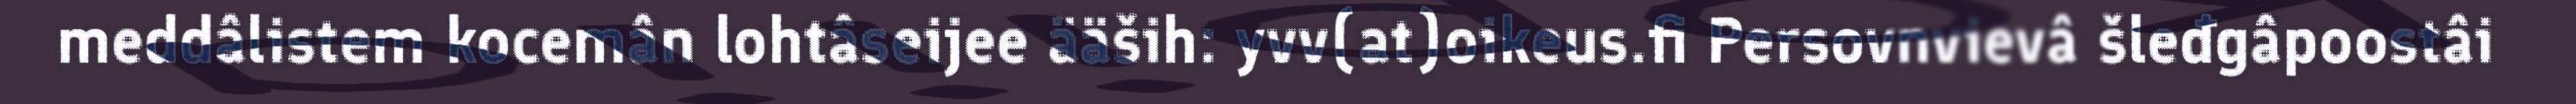
meddâlistem kocemân lohtâseijee ääših: yvv(at)oikeus.fi Persovnvievâ šleđgâpoostâi